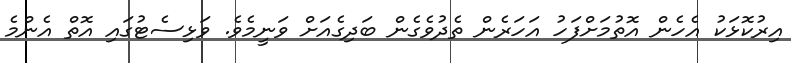
އިރުކޮޅަކު އެހެން އޮތުމަށްފަހު އަހަރެން ތެދުވެގެން ބަދިގެއަށް ވަނީމެވެ. ވަޅިސެޓުގައި އޮތް އެންމެ